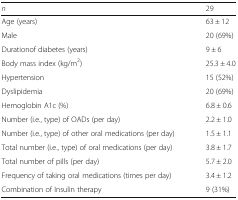
<table><thead><tr><td><b><i>n</i></b></td><td><b>29</b></td></tr></thead><tbody><tr><td>Age (years)</td><td>63 ± 12</td></tr><tr><td>Male</td><td>20 (69%)</td></tr><tr><td>Durationof diabetes (years)</td><td>9 ± 6</td></tr><tr><td>Body mass index (kg/m<sup>2</sup>)</td><td>25.3 ± 4.0</td></tr><tr><td>Hypertension</td><td>15 (52%)</td></tr><tr><td>Dyslipidemia</td><td>20 (69%)</td></tr><tr><td>Hemoglobin A1c (%)</td><td>6.8 ± 0.6</td></tr><tr><td>Number (i.e., type) of OADs (per day)</td><td>2.2 ± 1.0</td></tr><tr><td>Number (i.e., type) of other oral medications (per day)</td><td>1.5 ± 1.1</td></tr><tr><td>Total number (i.e., type) of oral medications (per day)</td><td>3.8 ± 1.7</td></tr><tr><td>Total number of pills (per day)</td><td>5.7 ± 2.0</td></tr><tr><td>Frequency of taking oral medications (times per day)</td><td>3.4 ± 1.2</td></tr><tr><td>Combination of Insulin therapy</td><td>9 (31%)</td></tr></tbody></table>